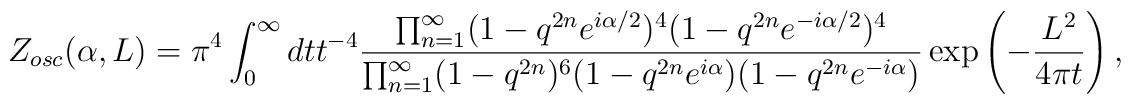
Z_{osc}(\alpha,L)  = \pi^4\int_0^\infty dt t^{-4}\frac{\prod_{n=1}^\infty (1-q^{2n}e^{i\alpha/2})^4 (1-q^{2n}e^{-i\alpha/2})^4} {\prod_{n=1}^\infty (1-q^{2n})^6(1-q^{2n}e^{i\alpha})(1-q^{2n}e^{-i\alpha})}\exp\left(-{L^2 \over {4\pi t}}\right),